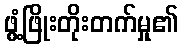
ဖွံ့ဖြိုးတိုးတက်မှု၏